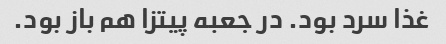
غذا سرد بود. در جعبه پیتزا هم باز بود.